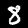
Digit: 8